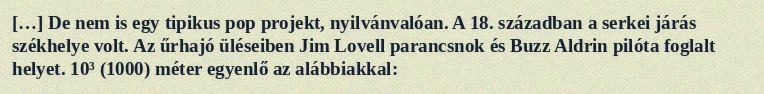
[…] De nem is egy tipikus pop projekt, nyilvánvalóan. A 18. században a serkei járás székhelye volt. Az űrhajó üléseiben Jim Lovell parancsnok és Buzz Aldrin pilóta foglalt helyet. 10³ (1000) méter egyenlő az alábbiakkal: